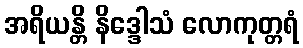
အရိယန္တိ နိဒ္ဒေါသံ လောကုတ္တရံ